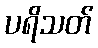
ပရိသတ်